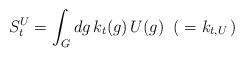
LaTeX: \begin{align*}S^U_t=\int_G dg\,k_t(g)\,U(g)\;\;(\;=k_{t, U}\,)\end{align*}